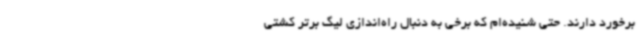
برخورد دارند. حتی شنیده‌ام که برخی به دنبال راه‌اندازی لیگ برتر کشتی